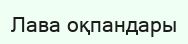
Лава оқпандары